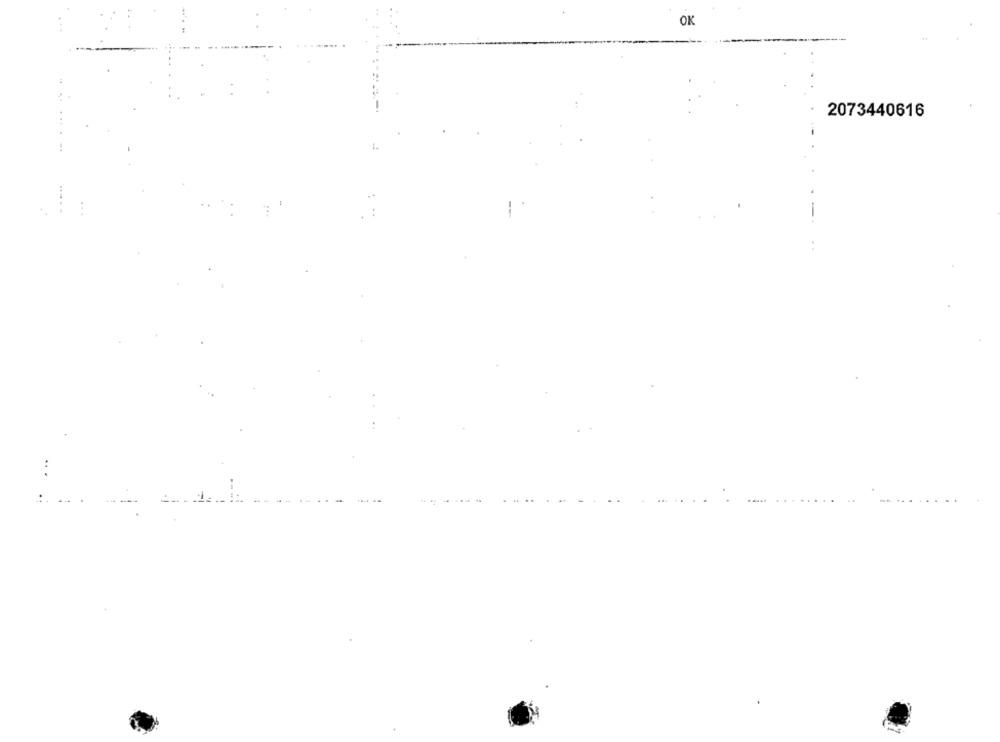
OK
2073440616
...